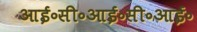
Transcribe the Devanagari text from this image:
आई॰सी॰आई॰सी॰आई॰